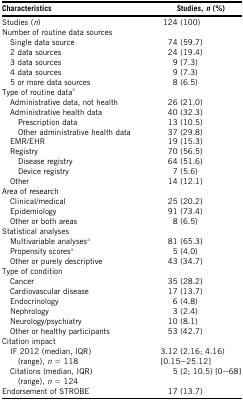
<table><thead><tr><td><b>Characteristics</b></td><td><b>Studies, <i>n</i> (%)</b></td></tr></thead><tbody><tr><td>Studies (<i>n</i>)</td><td>124 (100)</td></tr><tr><td>Number of routine data sources</td><td></td></tr><tr><td> Single data source</td><td>74 (59.7)</td></tr><tr><td> 2 data sources</td><td>24 (19.4)</td></tr><tr><td> 3 data sources</td><td>9 (7.3)</td></tr><tr><td> 4 data sources</td><td>9 (7.3)</td></tr><tr><td> 5 or more data sources</td><td>8 (6.5)</td></tr><tr><td>Type of routine dataa</td><td></td></tr><tr><td> Administrative data, not health</td><td>26 (21.0)</td></tr><tr><td> Administrative health data</td><td>40 (32.3)</td></tr><tr><td> Prescription data</td><td>13 (10.5)</td></tr><tr><td> Other administrative health data</td><td>37 (29.8)</td></tr><tr><td> EMR/EHR</td><td>19 (15.3)</td></tr><tr><td> Registry</td><td>70 (56.5)</td></tr><tr><td> Disease registry</td><td>64 (51.6)</td></tr><tr><td> Device registry</td><td>7 (5.6)</td></tr><tr><td> Other</td><td>14 (12.1)</td></tr><tr><td>Area of research</td><td></td></tr><tr><td> Clinical/medical</td><td>25 (20.2)</td></tr><tr><td> Epidemiology</td><td>91 (73.4)</td></tr><tr><td> Other or both areas</td><td>8 (6.5)</td></tr><tr><td>Statistical analyses</td><td></td></tr><tr><td> Multivariable analysesa</td><td>81 (65.3)</td></tr><tr><td> Propensity scoresa</td><td>5 (4.0)</td></tr><tr><td> Other or purely descriptive</td><td>43 (34.7)</td></tr><tr><td>Type of condition</td><td></td></tr><tr><td> Cancer</td><td>35 (28.2)</td></tr><tr><td> Cardiovascular disease</td><td>17 (13.7)</td></tr><tr><td> Endocrinology</td><td>6 (4.8)</td></tr><tr><td> Nephrology</td><td>3 (2.4)</td></tr><tr><td> Neurology/psychiatry</td><td>10 (8.1)</td></tr><tr><td> Other or healthy participants</td><td>53 (42.7)</td></tr><tr><td>Citation impact</td><td></td></tr><tr><td> IF 2012 (median, IQR) (range), <i>n</i> = 118</td><td>3.12 (2.16; 4.16) [0.15–25.12]</td></tr><tr><td> Citations (median, IQR) (range), <i>n</i> = 124</td><td>5 (2; 10.5) [0–68]</td></tr><tr><td>Endorsement of STROBE</td><td>17 (13.7)</td></tr></tbody></table>